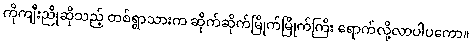
ကိုကျီးညိုဆိုသည့် တစ်ရွာသားက ဆိုက်ဆိုက်မြိုက်မြိုက်ကြီး ရောက်လို့လာပါပကော။